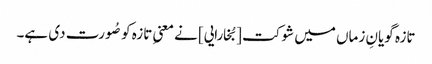
تازہ گویانِ زماں میں شوکت [بُخارایی] نے معنیِ تازہ کو صُورت دی ہے۔